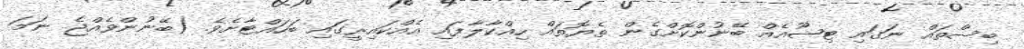
ބިސްތައް ނަގައި ޓިޝޫއެއް ބޭނުންކޮށްގެން ތެޔޮތައް ހިއްކާލާފައި އެއްކައިރީގައި ބަހައްޓާށެވެ. (ބޭނުންވެއްޖެ ނަމަ